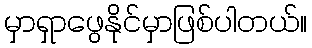
မှာရှာဖွေနိုင်မှာဖြစ်ပါတယ်။